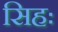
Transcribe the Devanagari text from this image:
सिहः